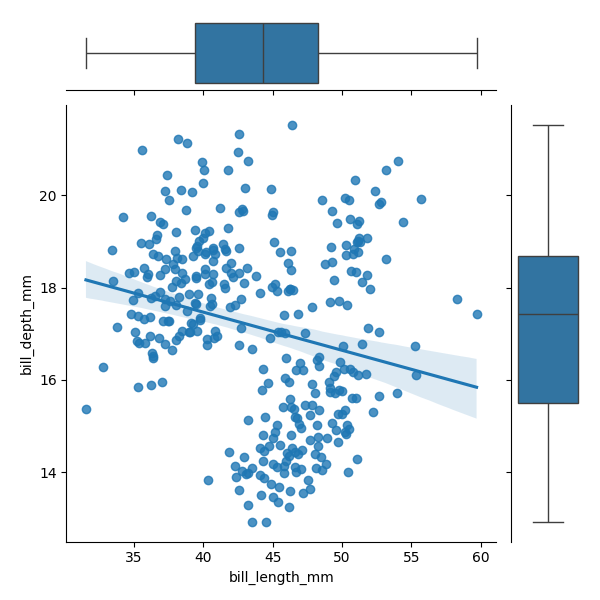
python, seaborn, JointGrid, regplot, boxplot